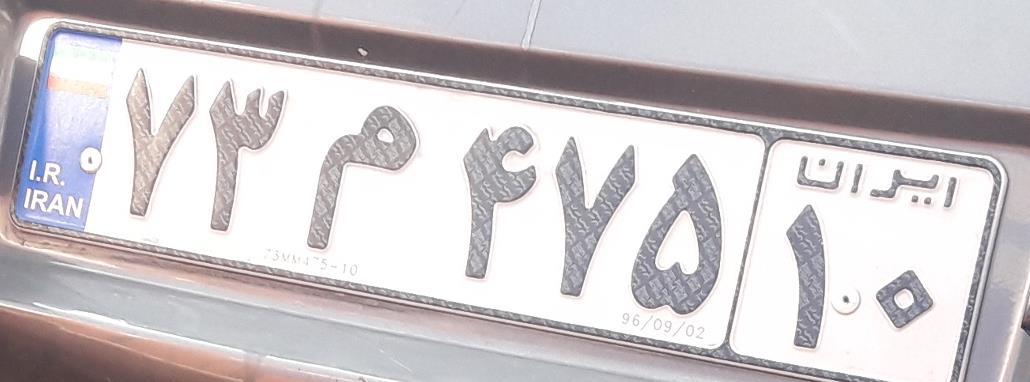
۷۳م۴۷۵۱۰